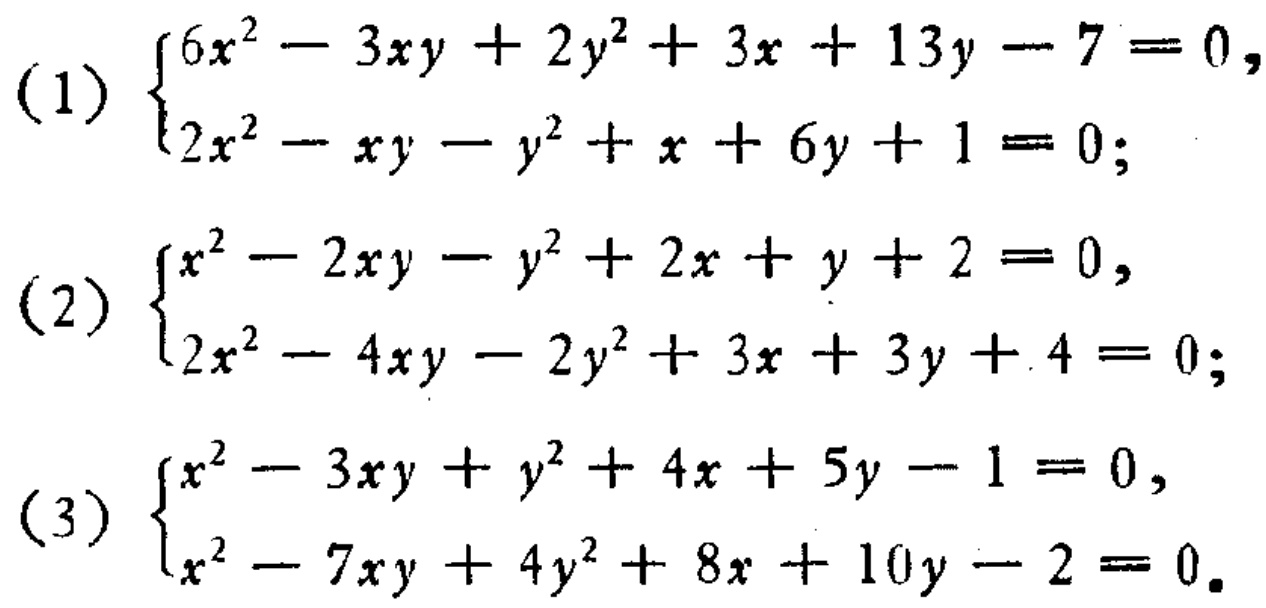
(1) \(\begin{cases}6x^{2}-3xy + 2y^{2}+3x + 13y-7 = 0,\\2x^{2}-xy - y^{2}+x + 6y + 1 = 0;\end{cases}\)
(2) \(\begin{cases}x^{2}-2xy - y^{2}+2x + y + 2 = 0,\\2x^{2}-4xy - 2y^{2}+3x + 3y + 4 = 0;\end{cases}\)
(3) \(\begin{cases}x^{2}-3xy + y^{2}+4x + 5y-1 = 0,\\x^{2}-7xy + 4y^{2}+8x + 10y-2 = 0.\end{cases}\)